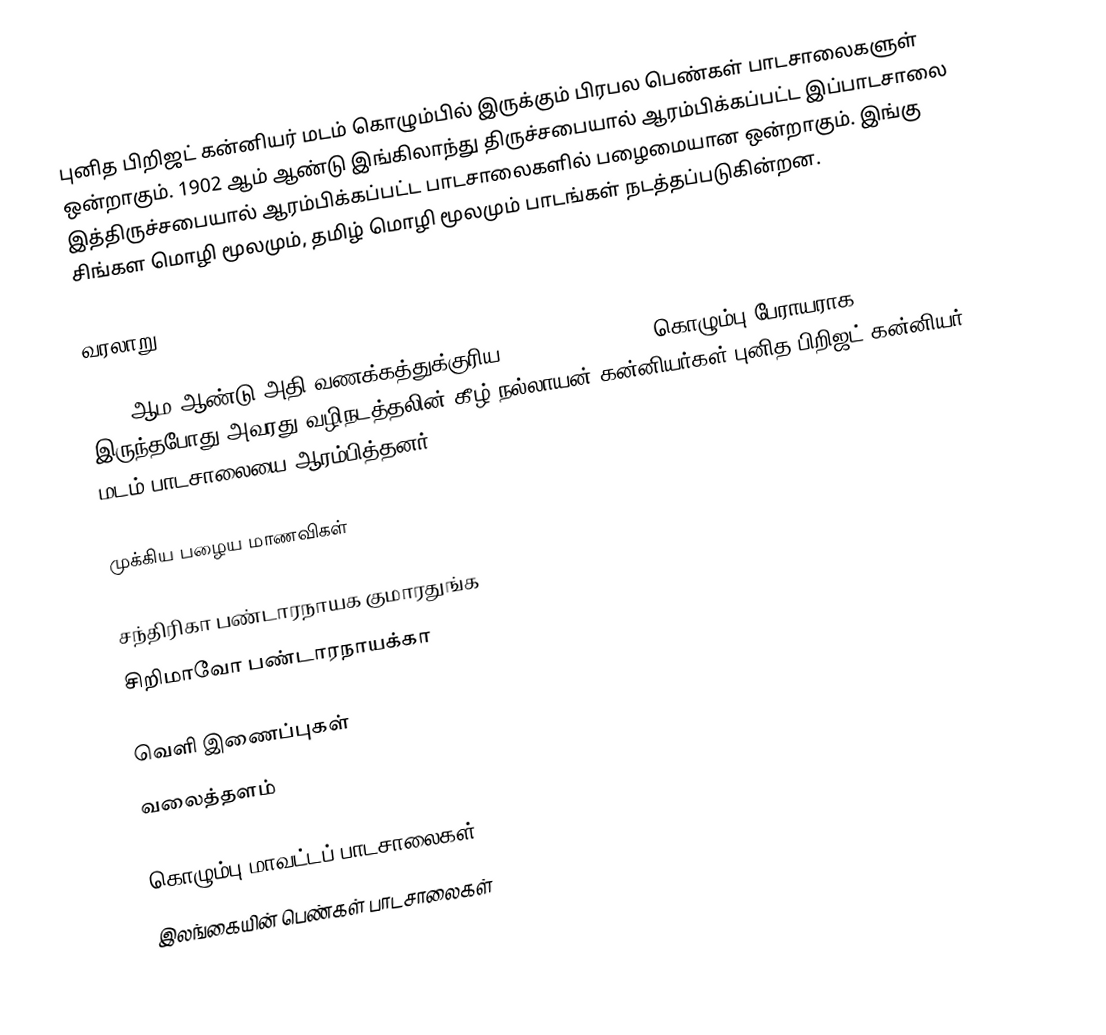
புனித பிறிஜட் கன்னியர் மடம் கொழும்பில் இருக்கும் பிரபல பெண்கள் பாடசாலைகளுள் ஒன்றாகும். 1902 ஆம் ஆண்டு இங்கிலாந்து திருச்சபையால் ஆரம்பிக்கப்பட்ட இப்பாடசாலை இத்திருச்சபையால் ஆரம்பிக்கப்பட்ட பாடசாலைகளில் பழைமையான ஒன்றாகும். இங்கு சிங்கள மொழி மூலமும், தமிழ் மொழி மூலமும் பாடங்கள் நடத்தப்படுகின்றன.

வரலாறு

1902 ஆம ஆண்டு அதி வணக்கத்துக்குரிய Dr. T. A. Melizan கொழும்பு பேராயராக இருந்தபோது அவரது வழிநடத்தலின் கீழ் நல்லாயன் கன்னியர்கள் புனித பிறிஜட் கன்னியர் மடம் பாடசாலையை ஆரம்பித்தனர்.

முக்கிய பழைய மாணவிகள்

 சந்திரிகா பண்டாரநாயக குமாரதுங்க
 சிறிமாவோ பண்டாரநாயக்கா

வெளி இணைப்புகள்
 வலைத்தளம்

கொழும்பு மாவட்டப் பாடசாலைகள்
இலங்கையின் பெண்கள் பாடசாலைகள்